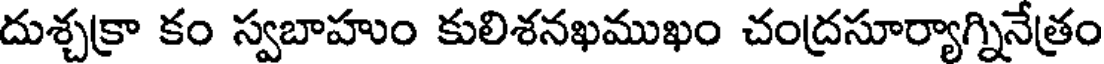
దుశ్చక్రా కం స్వబాహుం కులిశనఖముఖం చంద్రసూర్యాగ్నినేత్రం